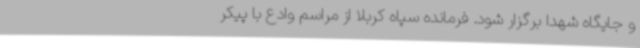
و جایگاه شهدا برگزار شود. فرمانده سپاه کربلا از مراسم وادع با پیکر